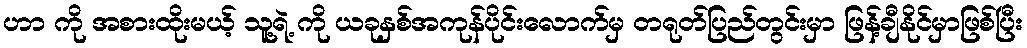
ဟာ ကို အစားထိုးမယ့် သူ့ရဲ့ ကို ယခုနှစ်အကုန်ပိုင်းလောက်မှ တရုတ်ပြည်တွင်းမှာ ဖြန့်ချီနိုင်မှာဖြစ်ပြီး